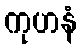
ကုဟနံ